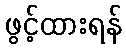
ဖွင့်ထားရန်